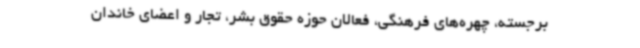
برجسته، چهره‌های فرهنگی، فعالان حوزه حقوق بشر، تجار و اعضای خاندان